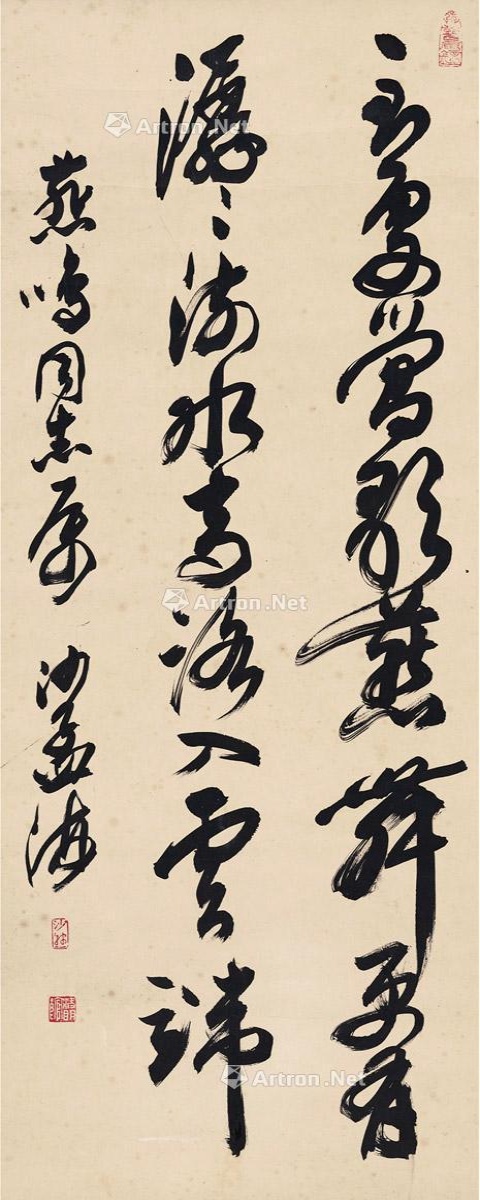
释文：到处莺歌燕舞，更有潺潺流水，高路入云端。燕鸣同志属，沙孟海。